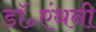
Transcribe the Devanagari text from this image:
डॉ॰एंथनी